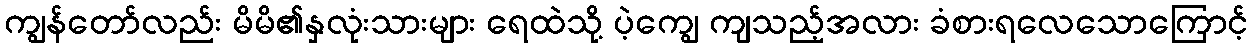
ကျွန်တော်လည်း မိမိ၏နှလုံးသားများ ရေထဲသို့ ပဲ့ကျွေ ကျသည့်အလား ခံစားရလေသောကြောင့်